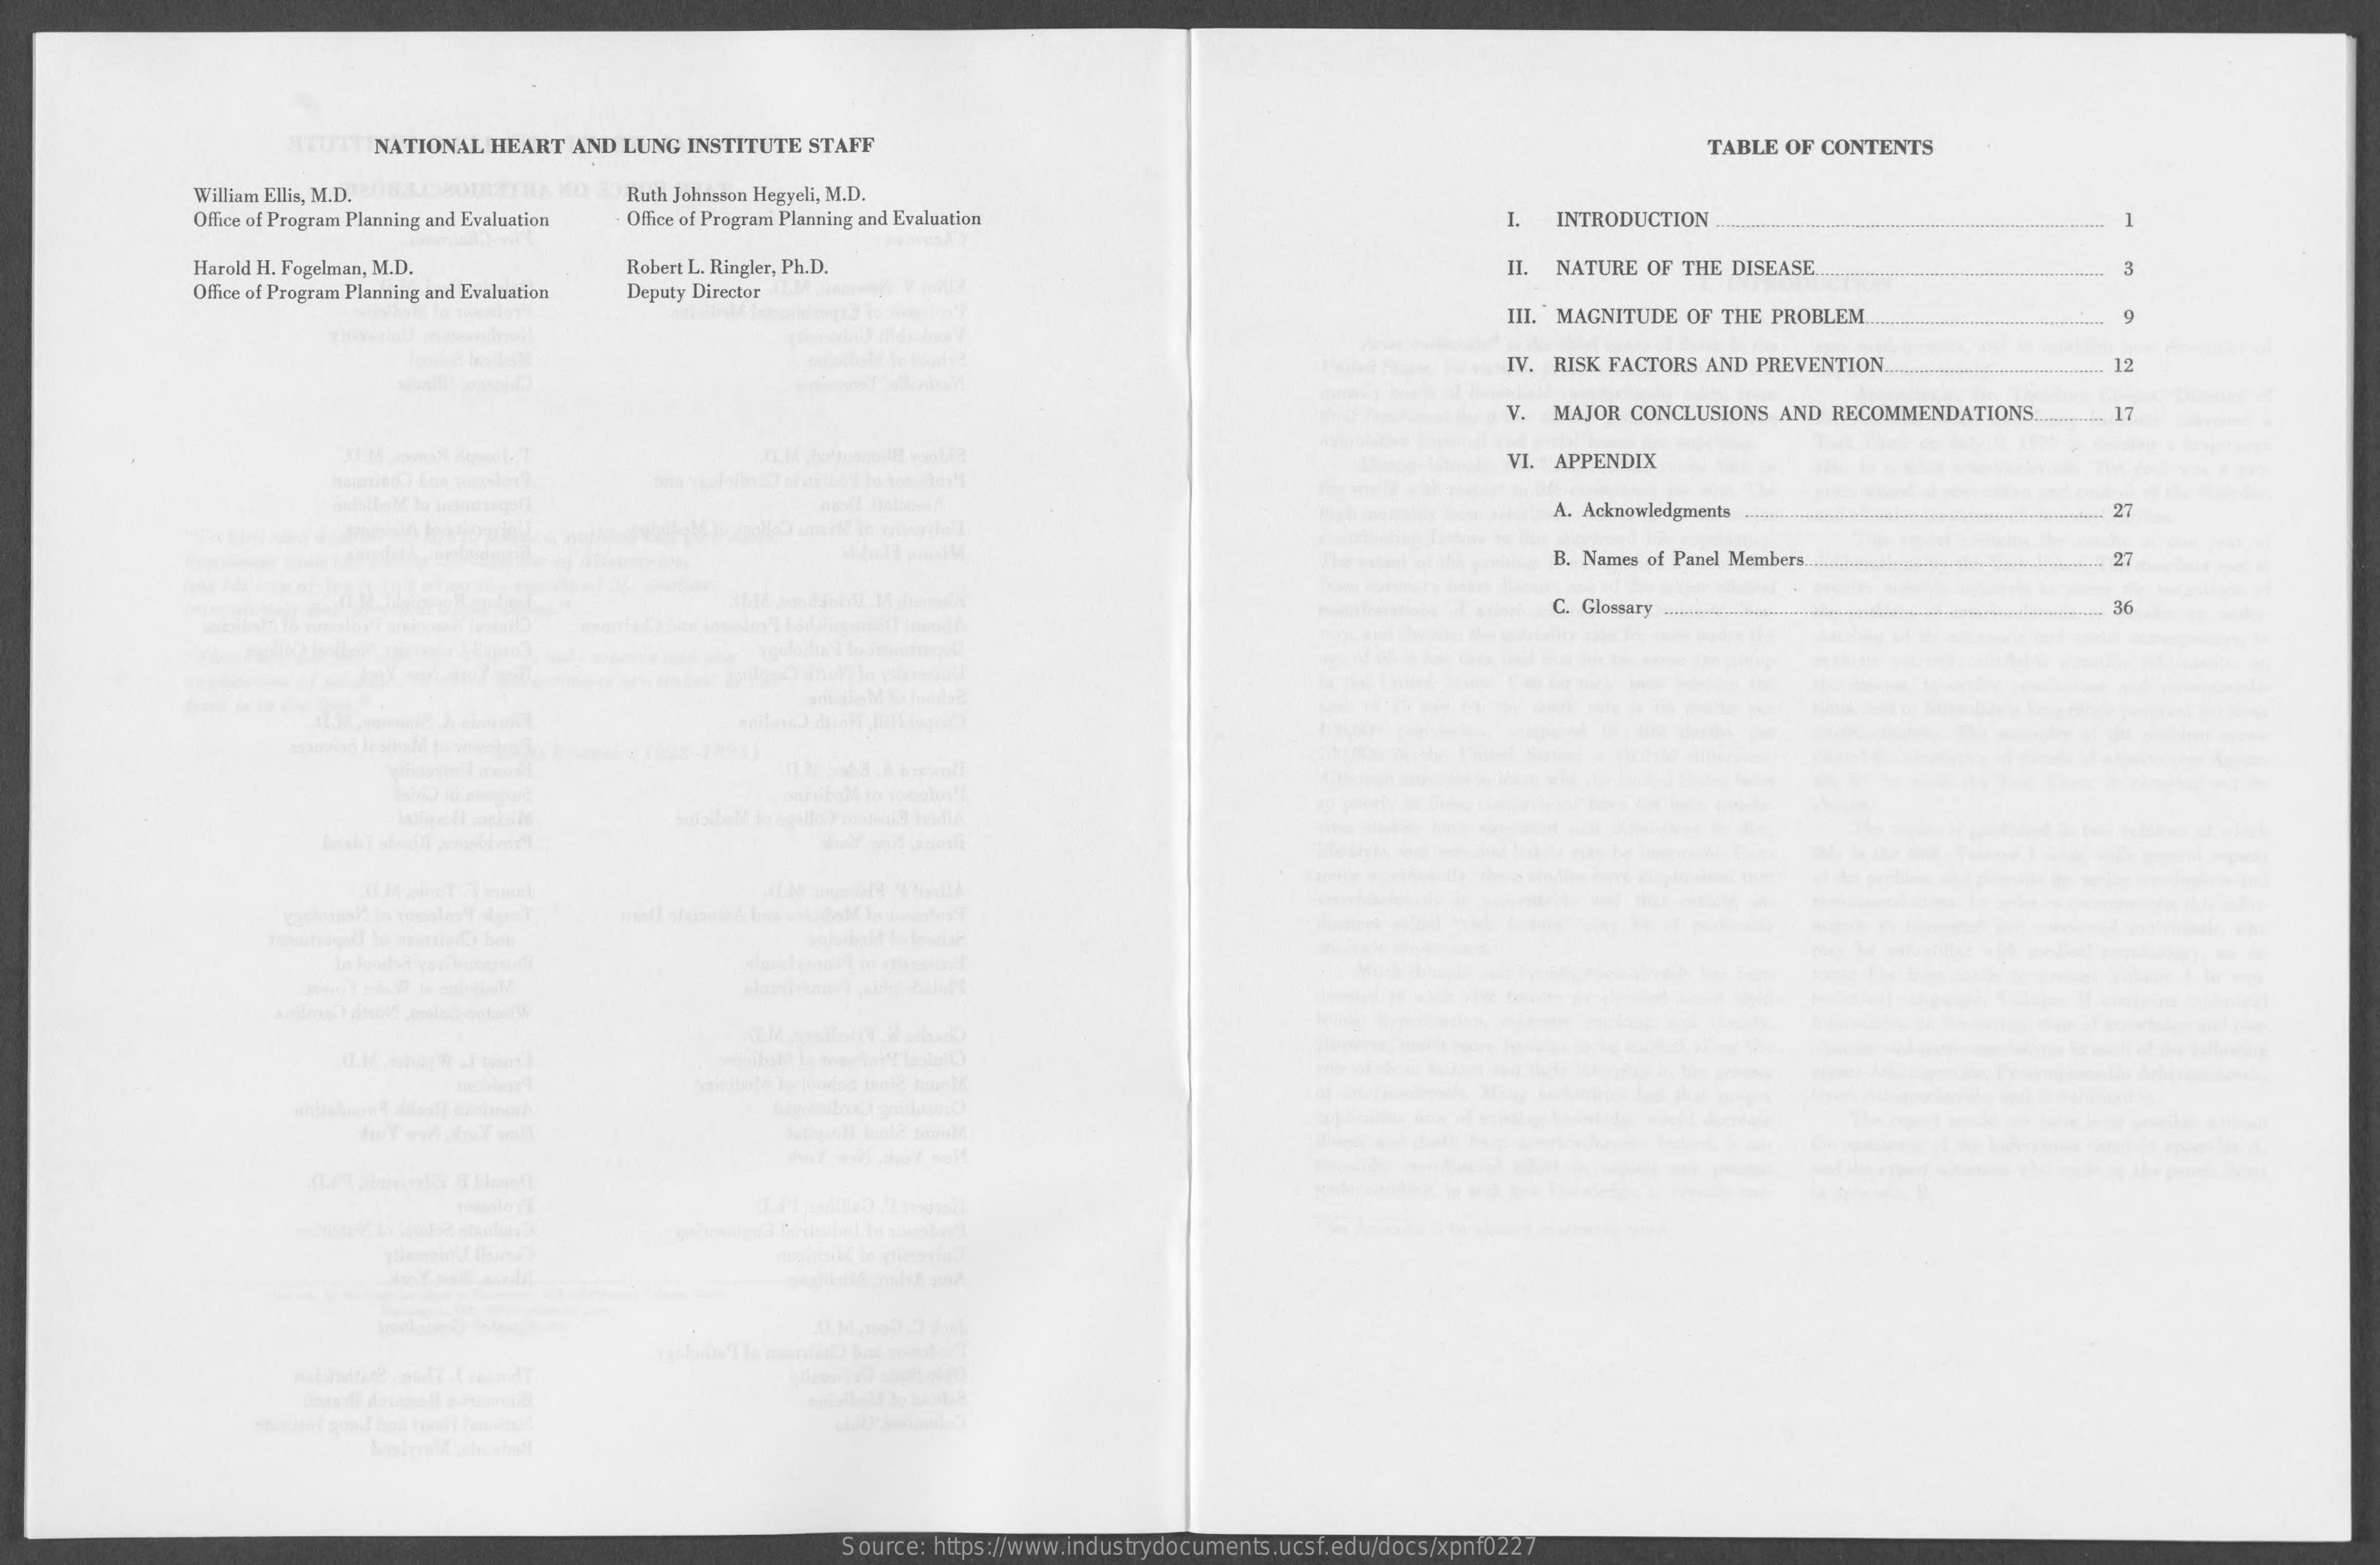
HEUT NATIONAL HEART AND LUNG INSTITUTE STAFF    TABLE OF CONTENTS
     William Ellis, M.D.    Ruth Johnsson Hegyeli, M.D.
     Office of Program Planning and Evaluation Office of Program Planning and Evaluation INTRODUCTION
     -
     Harold H. Fogelman, M.D. Robert L. Ringler, Ph.D.    II. NATURE OF THE DISEASE
     Office of Program Planning and Evaluation Deputy Director
     III. MAGNITUDE OF THE PROBLEM
     IV. RISK FACTORS AND PREVENTION  12
     V. MAJOR CONCLUSIONS AND RECOMMENDATIONS. 17
     VI. APPENDIX
     A. Acknowledgments    27
     B. Names of Panel Members.    27
     C. Glossary .............
     Source: https://www.industrydocuments.ucsf.edu/docs/xpnf0227